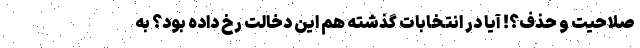
صلاحیت و حذف؟! آیا در انتخابات گذشته هم این دخالت رخ داده بود؟ به